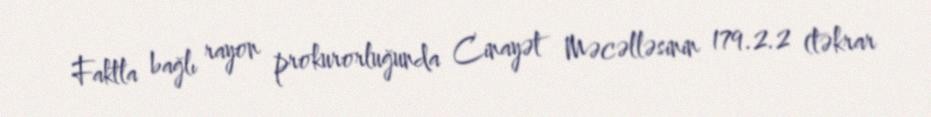
Faktla bağlı rayon prokurorluğunda Cinayət Məcəlləsinin 179.2.2 (təkrar